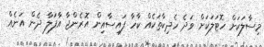
މިސާލަކަށް ހޮޓަލަކަށް ވަދެ ހެދިކާތަކެއް ކާހާ ފައިސާއިން އޮރެންޖާ އާފަލާ ދެން އަނެއް